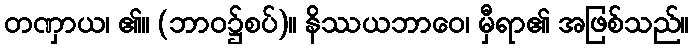
တဏှာယ၊ ၏။ (ဘာဝ၌စပ်)။ နိဿယဘာဝေ၊ မှီရာ၏ အဖြစ်သည်။